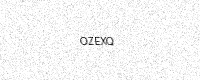
Text: OZEXQ